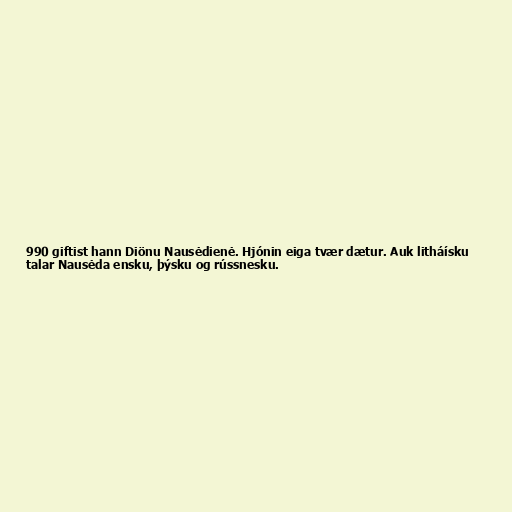
990 giftist hann Diönu Nausėdienė. Hjónin eiga tvær dætur. Auk litháísku
talar Nausėda ensku, þýsku og rússnesku.